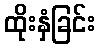
ထိုးနှံခြင်း